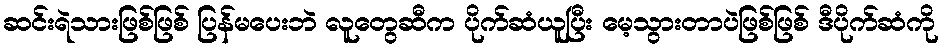
ဆင်းရဲသားဖြစ်ဖြစ် ပြန်မပေးဘဲ လူတွေဆီက ပိုက်ဆံယူပြီး မေ့သွားတာပဲဖြစ်ဖြစ် ဒီပိုက်ဆံကို